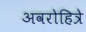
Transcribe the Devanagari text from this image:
अवरोहित्रे